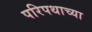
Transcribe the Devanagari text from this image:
परिपथाच्या